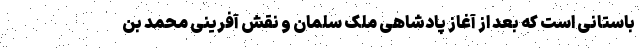
باستانی است که بعد از آغاز پادشاهی ملک سلمان و نقش آفرینی محمد بن